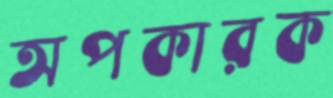
অপকারক